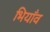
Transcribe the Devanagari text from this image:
भियाँव